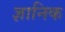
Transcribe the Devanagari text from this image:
ज्ञानिक